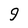
Character: 9